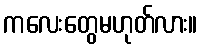
ကလေးတွေမဟုတ်လား။